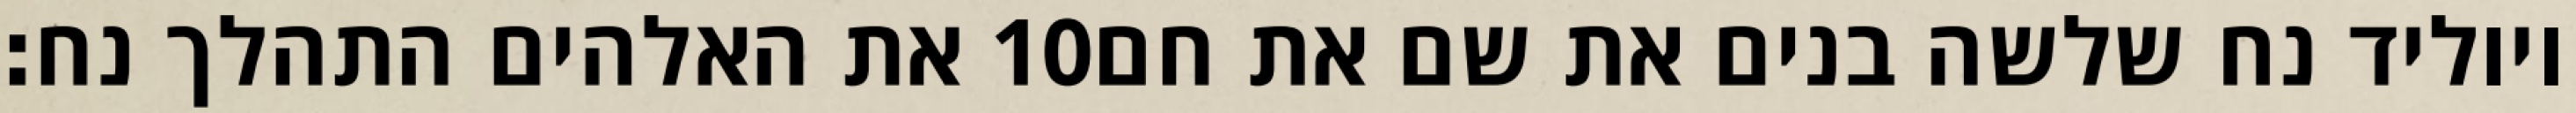
את האלהים התהלך נח׃ ‎10‏ ויוליד נח שלשה בנים את שם את חם